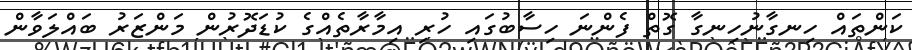
ކަންތައް ހިނގާނުހިނގާ ގޮތް ފެންނަ ހިސާބުގައި ހުރި އިމާރާތެއްގެ ކުޑަދޮރުން މަންޒަރު ބައްލަވާން